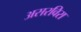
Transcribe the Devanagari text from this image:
असरविरा